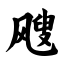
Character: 飕